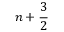
n + \frac { 3 } { 2 }